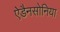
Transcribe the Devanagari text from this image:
ऐडैनसोनिया